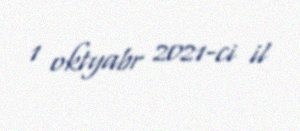
1 oktyabr 2021-ci il